Riisipere_vallakohus, lk 13
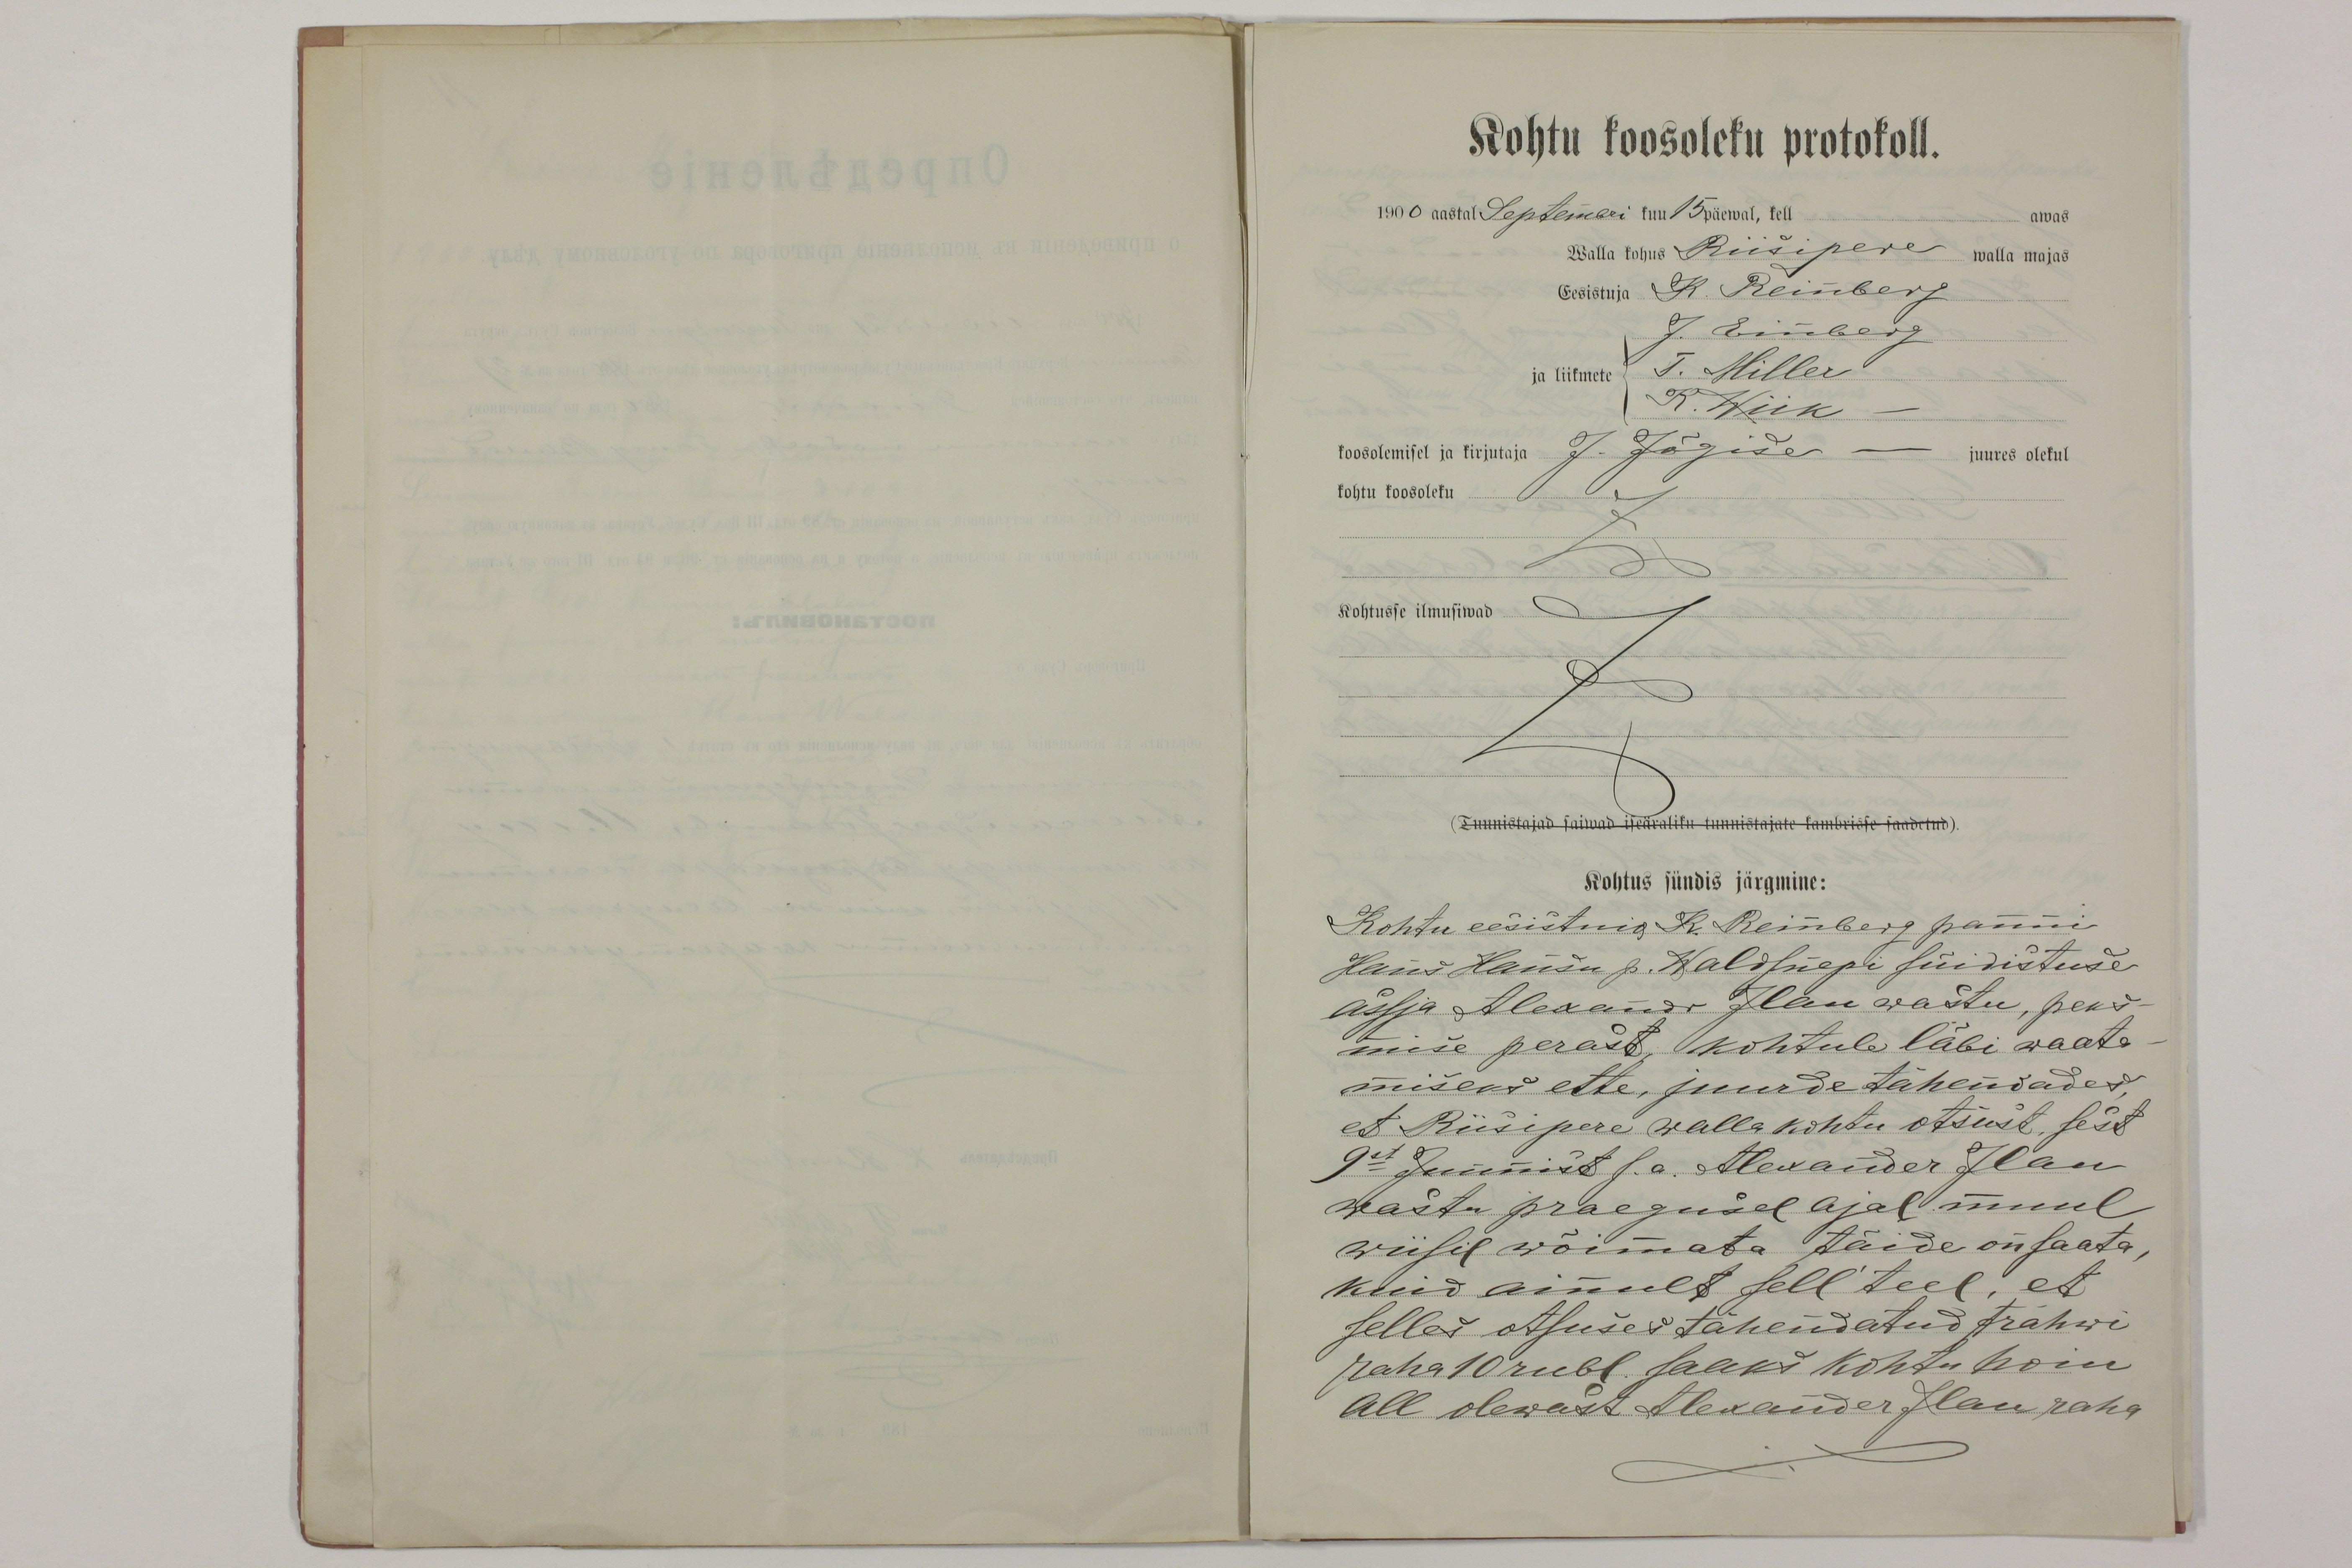
Kohtu koosoleku protokoll.
1900 aastal Septembri kuu 15 päewal, kell awas
Walla kohus Riisipere walla majas
Eesistuja K. Reinberg
J. Einberg
ja liikmete T. Miller
R. Wiik
koosolemisel ja kirjutaja J. Järgise - juures olekul
kohtu koosoleku
Kohtusse ilmusiwad
(Tunnistajad saiwad iseäraliku tunnistajate kambrisse saadetud).
Kohtus sündis järgmine:
Kohtu eesistnik K. Reinberg panni
Hans Hansu p. Waldsnepi süidistuse
asja Alexander Ilau wastu, peks-
mise perast, kohtule läbi waata-
miseks ette, juurde tähendades
et Riisipere walla kohtu otsust, sest
9st Juunist s.a. Alexander Ilau
wastu praegusel ajal muul
wiisil wõimata täide on saata,
kuid ainult sell teel, et
selles otsuses tähendatud trahwi
raha 10 rubl. saaks kohtu hoiu
all olewast Alexander Ilau raha